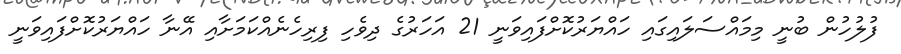
ފުލުހުން ބުނީ މިމައްސަލައިގައި ހައްޔަރުކޮށްފައިވަނީ 21 އަހަރުގެ ދިވެހި ފިރިހެނެއްކަމަށާއި އޭނާ ހައްޔަރުކޮށްފައިވަނީ